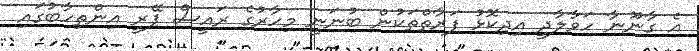
އެ ގާނޫނާ ހަވާލާދީ އިދިކޮޅު ފަރާތްތަކުން ބުނަނީ މިހާރުގެ ރައީސް ޕޭރީ އިންތިހާބުގައި